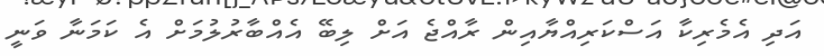
އަދި އެމެރިކާ އަސްކަރިއްޔާއިން ރާއްޖެ އަށް ލިބޭ އެއްބާރުލުމަށް އެ ކަމަނާ ވަނީ